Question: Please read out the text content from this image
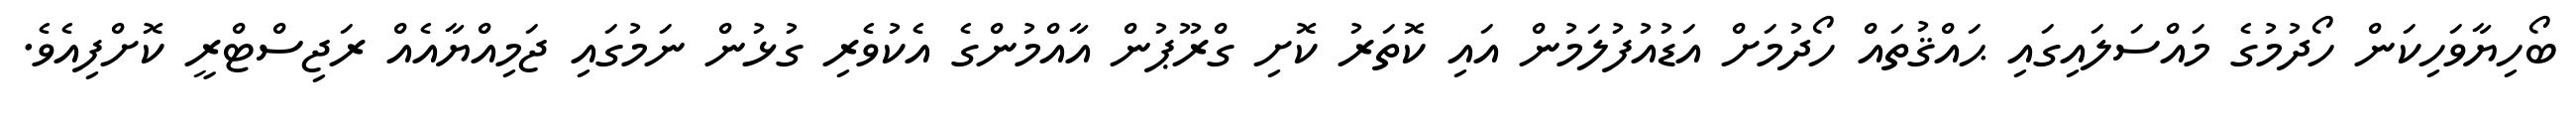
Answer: ބޯހިޔާވަހިކަން ހޯދުމުގެ މައްސަލައިގައި ޙައްޤުތައް ހޯދުމަށް އަޑުއުފުލަމުން އައި ކޮތަރު ކޮށި ގްރޫޕުން އާއްމުންގެ އެކުވެރި ގުޅުން ނަމުގައި ޖަމިއްޔާއެއް ރަޖިސްޓްރީ ކޮށްފިއެވެ.